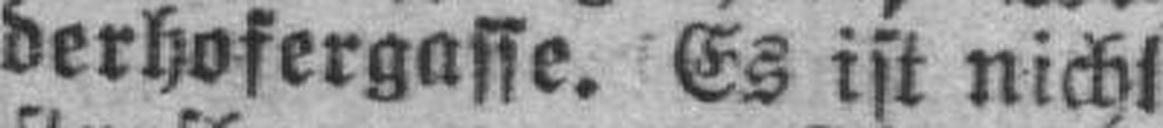
derhofergasse. Es ist nicht